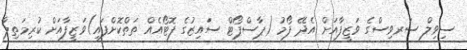
ސިވިލް ސަރވިސްގެ ވަޒީފާއަށް އެދޭ ފޯމު (ޕާސްޕޯޓް ސައިޒުގެ ފޮޓޯއެއް ތަތްކޮށްފައި)ވަޒީފާއަށް ކުރިމަތިލާ